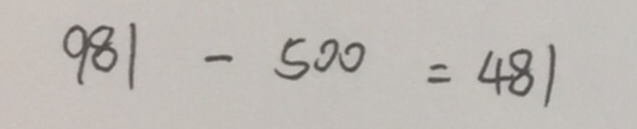
9 8 1 - 5 0 0 = 4 8 1